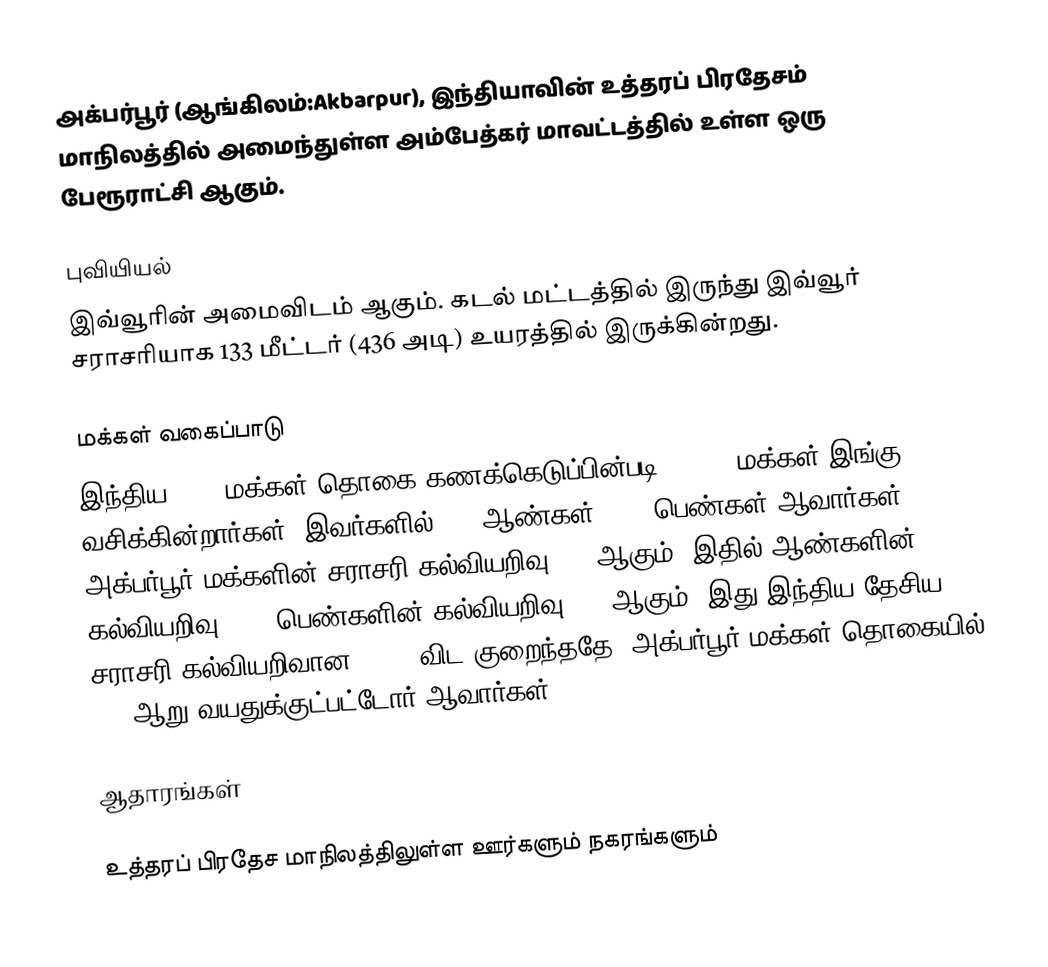
அக்பர்பூர் (ஆங்கிலம்:Akbarpur), இந்தியாவின் உத்தரப் பிரதேசம் மாநிலத்தில் அமைந்துள்ள அம்பேத்கர் மாவட்டத்தில் உள்ள ஒரு பேரூராட்சி ஆகும்.

புவியியல்
இவ்வூரின் அமைவிடம்  ஆகும். கடல் மட்டத்தில் இருந்து இவ்வூர் சராசரியாக 133 மீட்டர் (436 அடி) உயரத்தில் இருக்கின்றது.

மக்கள் வகைப்பாடு
இந்திய 2001 மக்கள் தொகை கணக்கெடுப்பின்படி 17,368 மக்கள் இங்கு வசிக்கின்றார்கள். இவர்களில் 53% ஆண்கள், 47% பெண்கள் ஆவார்கள். அக்பர்பூர் மக்களின் சராசரி கல்வியறிவு 57% ஆகும், இதில் ஆண்களின் கல்வியறிவு 62%, பெண்களின் கல்வியறிவு 51% ஆகும். இது இந்திய தேசிய சராசரி கல்வியறிவான 59.5% விட குறைந்ததே. அக்பர்பூர் மக்கள் தொகையில் 18% ஆறு வயதுக்குட்பட்டோர் ஆவார்கள்.

ஆதாரங்கள்

உத்தரப் பிரதேச மாநிலத்திலுள்ள ஊர்களும் நகரங்களும்